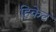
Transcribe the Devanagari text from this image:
हिकेट